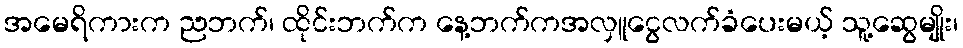
အမေရိကားက ညဘက်၊ ထိုင်းဘက်က နေ့ဘက်ကအလှူငွေလက်ခံပေးမယ့် သူ့ဆွေမျိုး၊